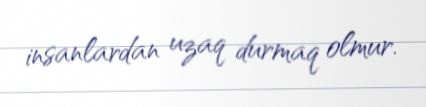
insanlardan uzaq durmaq olmur.